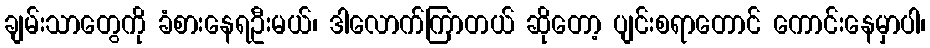
ချမ်းသာတွေကို ခံစားနေရဦးမယ်၊ ဒါလောက်ကြာတယ် ဆိုတော့ ပျင်းစရာတောင် ကောင်းနေမှာပါ၊